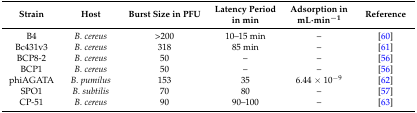
<table><thead><tr><td><b>Strain</b></td><td><b>Host</b></td><td><b>Burst Size in PFU</b></td><td><b>Latency Period in min</b></td><td><b>Adsorption in mL·min<sup>−1</sup></b></td><td><b>Reference</b></td></tr></thead><tbody><tr><td>B4</td><td><i>B. cereus</i></td><td>&gt;200</td><td>10–15 min</td><td>–</td><td>[60]</td></tr><tr><td>Bc431v3</td><td><i>B. cereus</i></td><td>318</td><td>85 min</td><td>–</td><td>[61]</td></tr><tr><td>BCP8-2</td><td><i>B. cereus</i></td><td>50</td><td>–</td><td>–</td><td>[56]</td></tr><tr><td>BCP1</td><td><i>B. cereus</i></td><td>50</td><td>–</td><td>–</td><td>[56]</td></tr><tr><td>phiAGATA</td><td><i>B. pumilus</i></td><td>153</td><td>35</td><td>6.44 × 10<sup>−9</sup></td><td>[62]</td></tr><tr><td>SPO1</td><td><i>B. subtilis</i></td><td>70</td><td>80</td><td>–</td><td>[57]</td></tr><tr><td>CP-51</td><td><i>B. cereus</i></td><td>90</td><td>90–100</td><td>–</td><td>[63]</td></tr></tbody></table>